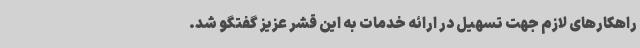
راهکارهای لازم جهت تسهیل در ارائه خدمات به این قشر عزیز گفتگو شد.